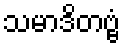
သမာဒိတဗ္ဗံ